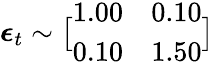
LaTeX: \boldsymbol{\epsilon}_{t}\sim\bigl[\begin{array}{ll}{1.00}&{0.10}\\ {0.10}&{1.50}\end{array}\bigr]